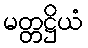
မတ္တဋ္ဌိယံ